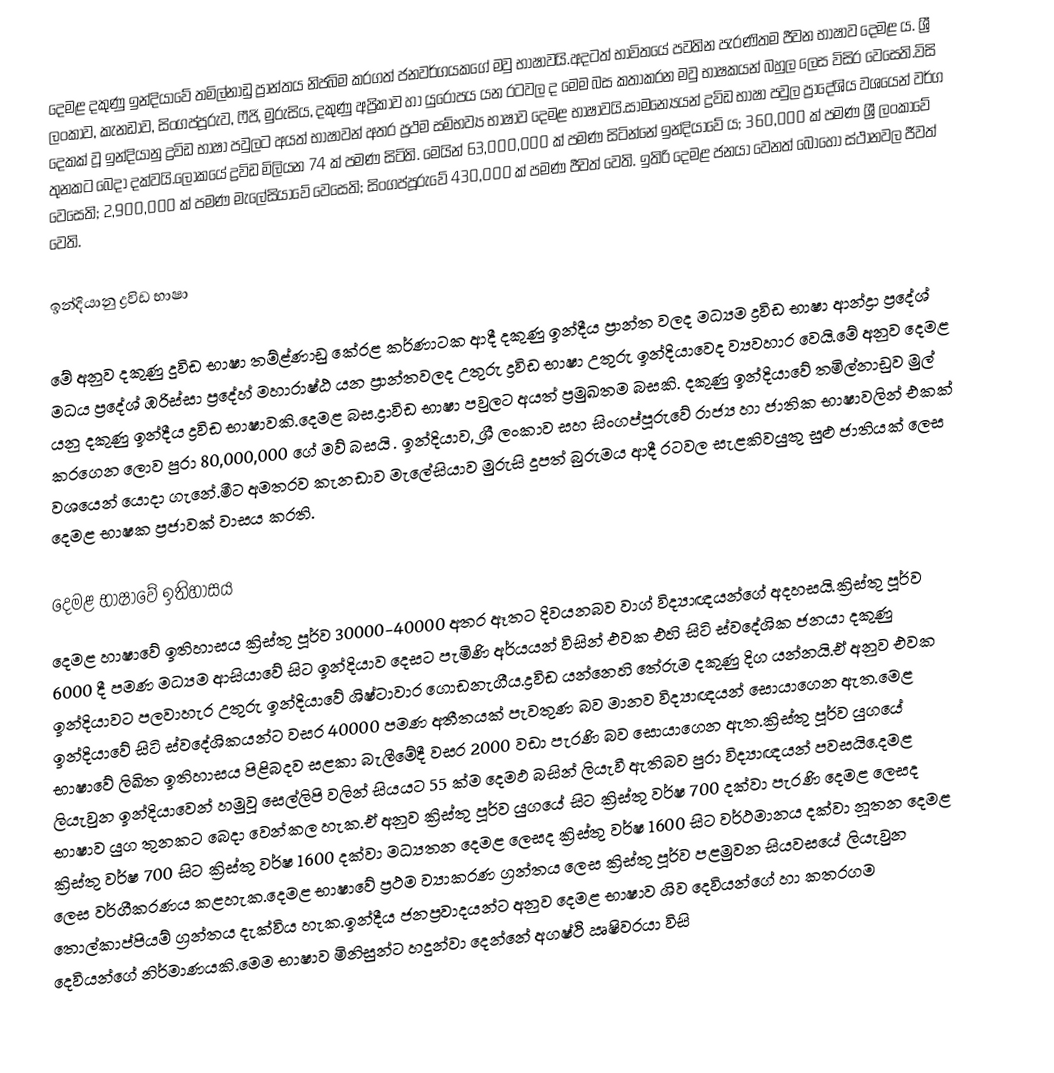
දෙමළ දකුණු ඉන්දියාවේ තමිල්නාඩු ප්‍රාන්තය නිජබිම කරගත් ජනවර්ගයකගේ මවු භාෂාවයි.අදටත් භාවිතයේ පවතින පැරණිතම ජීවන භාෂාව දෙමළ ය. ශ්‍රී ලංකාව, කැනඩාව, සිංගප්පූරුව, ෆීජි, මුරුසිය, දකුණු අප්‍රිකාව හා යුරෝපය යන රටවල ද මෙම බස කතාකරන මවු භාෂකයන් බහුල ලෙස විසිර වෙසෙති.විසි දෙකක් වූ ඉන්දියානු ද්‍රවිඩ භාෂා පවුලට අයත් භාෂාවන් අතර ප්‍රථම සම්භව්‍ය භාෂාව දෙමළ භාෂාවයි.සාමන්‍යෙයන් ද්‍රවිඩ භාෂා පවුල ප්‍රාදේශිය වශයෙන් වර්ග තුනකට බෙදා දක්වයි.ලෝකයේ ද්‍රවිඩ මිලියන 74 ක් පමණ සිටිති. මෙයින් 63,000,000 ක් පමණ සිටින්නේ ඉන්දියාවේ ය; 360,000 ක් පමණ ශ්‍රී ලංකාවේ වෙසෙති; 2,900,000 ක් පමණ මැලේසියාවේ වෙසෙති; සිංගප්පූරුවේ 430,000 ක් පමණ ජීවත් වෙති. ඉතිරි දෙමළ ජනයා වෙනත් බොහෝ ස්ථානවල ජීවත් වෙති.

ඉන්දියානු ද්‍රවිඩ භාෂා

මේ අනුව දකුණු දුවිඩ භාෂා තම්ළ්ණාඩු කේරළ කර්ණාටක ආදී දකුණු ඉන්දීය ප්‍රාන්ත වලද මධ්‍යම ද්‍රවිඩ භාෂා ආන්ද්‍රා ප්‍රදේශ් මධය ප්‍රදේශ් ඹරිස්සා ප්‍රදේහ් මහාරාෂ්ඨ යන ප්‍රාන්තවලද උතුරු ද්‍රවිඩ භාෂා උතුරු ඉන්දියාවෙද ව්‍යවහාර වෙයි.මේ අනුව දෙමළ යනු දකුණු ඉන්දීය ද්‍රවිඩ භාෂාවකි.දෙමළ බස.ද්‍රාවිඩ භාෂා පවුලට අයත් ප්‍රමුඛතම බසකි. දකුණු ඉන්දියාවේ තමිල්නාඩුව මුල් කරගෙන ලොව පුරා 80,000,000 ගේ මව් බසයි . ඉන්දියාව, ශ්‍රී ලංකාව සහ සිංගප්පූරුවේ රාජ්‍ය හා ජාතික භාෂාවලින් එකක් වශයෙන් යොදා ගැනේ.මීට අමතරව කැනඩාව මැලේසියාව මුරුසි දූපත් බුරුමය ආදී රටවල සැළකිවයුතු සුළු ජාතියක් ලෙස දෙමළ භාෂක ප්‍රජාවක් වාසය කරති.

දෙමළ භාෂාවේ ඉතිහාසය
දෙමළ හාෂාවේ ඉතිහාසය ක්‍රිස්තු පූර්ව 30000−40000 අතර ඈතට දිවයනබව වාග් විද්‍යාඥයන්ගේ අදහසයි.ක්‍රිස්තු පූර්ව 6000 දී පමණ මධ්‍යම ආසියාවේ සිට ඉන්දියාව දෙසට පැමිණි අර්යයන් විසින් එවක එහි සිටි ස්වදේශික ජනයා දකුණු ඉන්දියාවට පලවාහැර උතුරු ඉන්දියාවේ ශිෂ්ටාවාර ගොඩනැගීය.ද්‍රවිඩ යන්නෙහි තේරුම දකුණු දිග යන්නයි.ඒ අනුව එවක ඉන්දියාවේ සිටි ස්වදේශිකයන්ට වසර 40000 පමණ අතීතයක් පැවතුණ බව මානව විද්‍යාඥයන් සොයාගෙන ඇත.මෙළ භාෂාවේ ලිඛිත ඉතිහාසය පිළිබදව සළකා බැලීමේදී වසර 2000 වඩා පැරණි බව සොයාගෙන ඇත.ක්‍රිස්තු පූර්ව යුගයේ ලියැවුන ඉන්දියාවෙන් හමුවූ සෙල්ලිපි වලින් සියයට 55 ක්ම දෙමඵ බසින් ලියැවී ඇතිබව පුරා විද්‍යාඥයන් පවසයි.ෙදමළ භාෂාව යුග තුනකට බෙදා වෙන්කල හැක.ඒ අනුව ක්‍රිස්තු පූර්ව යුගයේ සිට ක්‍රිස්තු වර්ෂ 700 දක්වා පැරණි දෙමළ ලෙසද ක්‍රිස්තු වර්ෂ 700 සිට ක්‍රිස්තු වර්ෂ 1600 දක්වා මධ්‍යතන දෙමළ ලෙසද ක්‍රිස්තු වර්ෂ 1600 සිට වර්ථමානය දක්වා නූතන දෙමළ ලෙස වර්ගීකරණය කළහැක.දෙමළ භාෂාවේ ප්‍රථම ව්‍යාකරණ ග්‍රන්තය ලෙස ක්‍රිස්තු පූර්ව පළමුවන සියවසයේ ලියැවුන තොල්කාප්පියම් ග්‍රන්තය දැක්විය හැක.ඉන්දීය ජනප්‍රවාදයන්ට අනුව දෙමළ භාෂාව ශිව දෙවියන්ගේ හා කතරගම දෙවියන්ගේ නිර්මාණයකි.මෙම භාෂාව මිනිසුන්ට හදුන්වා දෙන්නේ අගෂ්ථි ඍෂිවරයා විසි